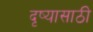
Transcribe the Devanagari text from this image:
दृष्यासाठी